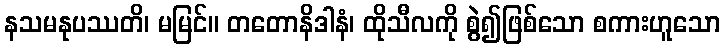
နသမနုပဿတိ၊ မမြင်။ တတောနိဒါနံ၊ ထိုသီလကို စွဲ၍ဖြစ်သော စကားဟူသော